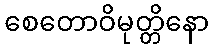
စေတောဝိမုတ္တိနော